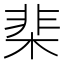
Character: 棐